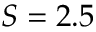
S = 2 . 5